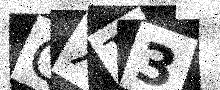
Text: QXT3